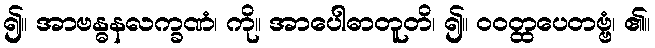
၍။ အာဗန္ဓနလက္ခဏံ၊ ကို။ အာပေါဓာတူတိ၊ ၍။ ဝဝတ္ထပေတဗ္ဗံ၊ ၏။